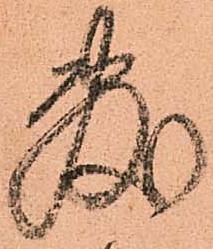
敷